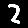
Digit: 2